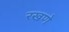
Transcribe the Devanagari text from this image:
रखणे